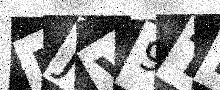
Text: IJV9TL